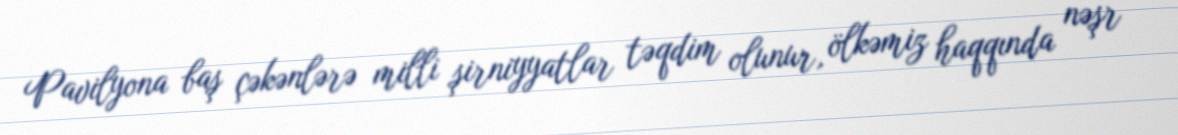
Pavilyona baş çəkənlərə milli şirniyyatlar təqdim olunur, ölkəmiz haqqında nəşr